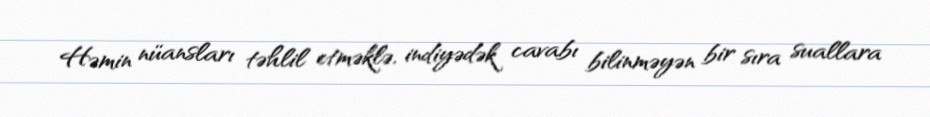
Həmin nüansları təhlil etməklə, indiyədək cavabı bilinməyən bir sıra suallara